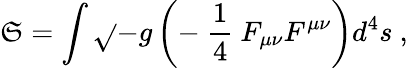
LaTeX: {\cal\mathfrak{S}}=\int\sqrt{}{{-g}}\left(-\ \frac{{1}}{{4}}\ F_{\mu\nu}F^{\mu\nu}\right)d^{4}s\ ,